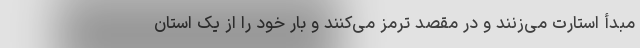
مبدأ استارت می‌زنند و در مقصد ترمز می‌کنند و بار خود را از یک استان